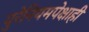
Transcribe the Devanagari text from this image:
युरेनियमपेक्षाही